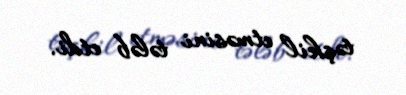
təşkil etməsini tələb etdi.